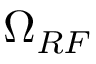
\Omega _ { R F }